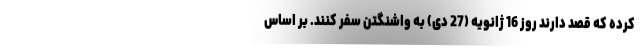
کرده که قصد دارند روز 16 ژانویه (27 دی) به واشنگتن سفر کنند. بر اساس